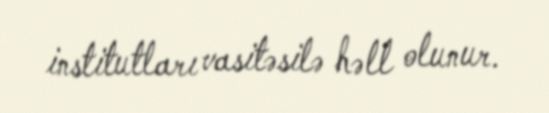
institutları vasitəsilə həll olunur.